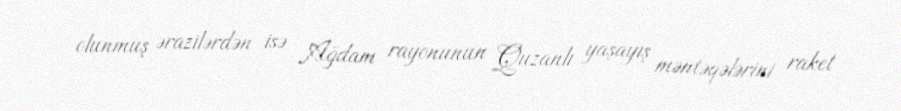
olunmuş ərazilərdən isə Ağdam rayonunun Quzanlı yaşayış məntəqələrini raket